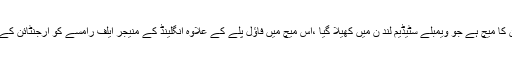
تیسرے نمبر پر 1966ء میں کھیلا گیا انگلینڈ اور ارجنٹائن کا میچ ہے جو ویمبلے سٹیڈیم لند ن میں کھیلا گیا ،اس میچ میں فاؤل پلے کے علاوہ انگلینڈ کے منیجر ایلف رامسے کو ارجنٹائن کے کھلاڑیوں کو جانور کہنے پر پابندی کا سامنا کرنا پڑاتھا۔